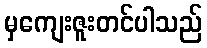
မှကျေးဇူးတင်ပါသည်